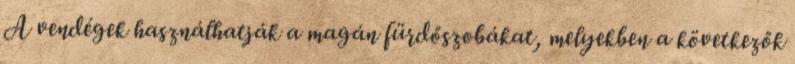
A vendégek használhatják a magán fürdőszobákat, melyekben a következők